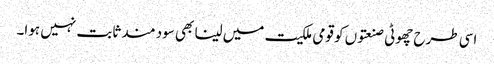
اسی طرح چھوٹی صنعتوں کو قومی ملکیت میں لینا بھی سود مند ثابت نہیں ہوا۔